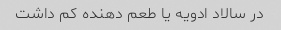
در سالاد ادویه یا طعم دهنده کم داشت